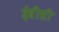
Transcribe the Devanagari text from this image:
ईबीसी